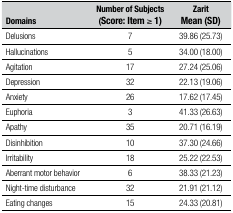
<table><thead><tr><td><b>Domains</b></td><td><b>Number ofSubjects(Score: Item ≥ 1)</b></td><td><b>ZaritMean (SD)</b></td></tr></thead><tbody><tr><td>Delusions</td><td>7</td><td>39.86 (25.73)</td></tr><tr><td>Hallucinations</td><td>5</td><td>34.00 (18.00)</td></tr><tr><td>Agitation</td><td>17</td><td>27.24 (25.06)</td></tr><tr><td>Depression</td><td>32</td><td>22.13 (19.06)</td></tr><tr><td>Anxiety</td><td>26</td><td>17.62 (17.45)</td></tr><tr><td>Euphoria</td><td>3</td><td>41.33 (26.63)</td></tr><tr><td>Apathy</td><td>35</td><td>20.71 (16.19)</td></tr><tr><td>Disinhibition</td><td>10</td><td>37.30 (24.66)</td></tr><tr><td>Irritability</td><td>18</td><td>25.22 (22.53)</td></tr><tr><td>Aberrant motor behavior</td><td>6</td><td>38.33 (21.23)</td></tr><tr><td>Night-time disturbance</td><td>32</td><td>21.91 (21.12)</td></tr><tr><td>Eating changes</td><td>15</td><td>24.33 (20.81)</td></tr></tbody></table>